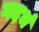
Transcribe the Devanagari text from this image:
गदर्भ